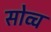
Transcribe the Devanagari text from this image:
सोव्च